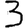
Digit: 3